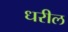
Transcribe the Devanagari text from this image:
धरील